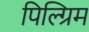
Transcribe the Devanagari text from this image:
पिल्ग्रिम